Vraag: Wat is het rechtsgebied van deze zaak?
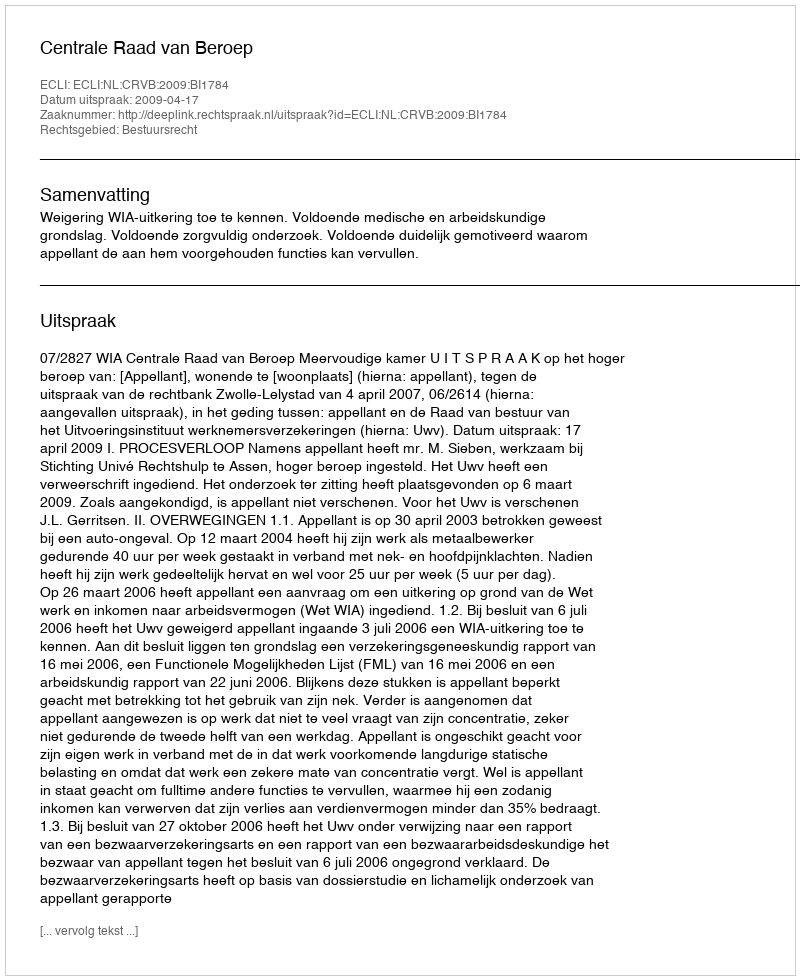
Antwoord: Bestuursrecht